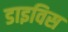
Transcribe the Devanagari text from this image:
डाइविस